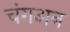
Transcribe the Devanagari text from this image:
चंगअन